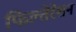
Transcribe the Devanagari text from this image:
फिल्तेरेशन